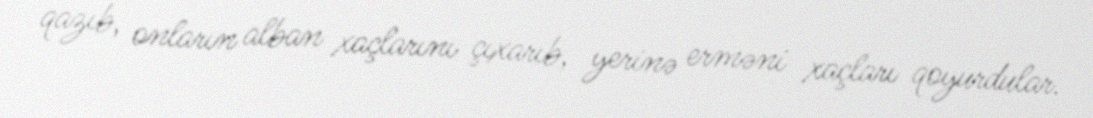
qazıb, onların alban xaçlarını çıxarıb, yerinə erməni xaçları qoyurdular.